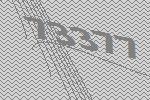
73377